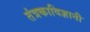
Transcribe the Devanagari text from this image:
तंत्रकाविज्ञानी